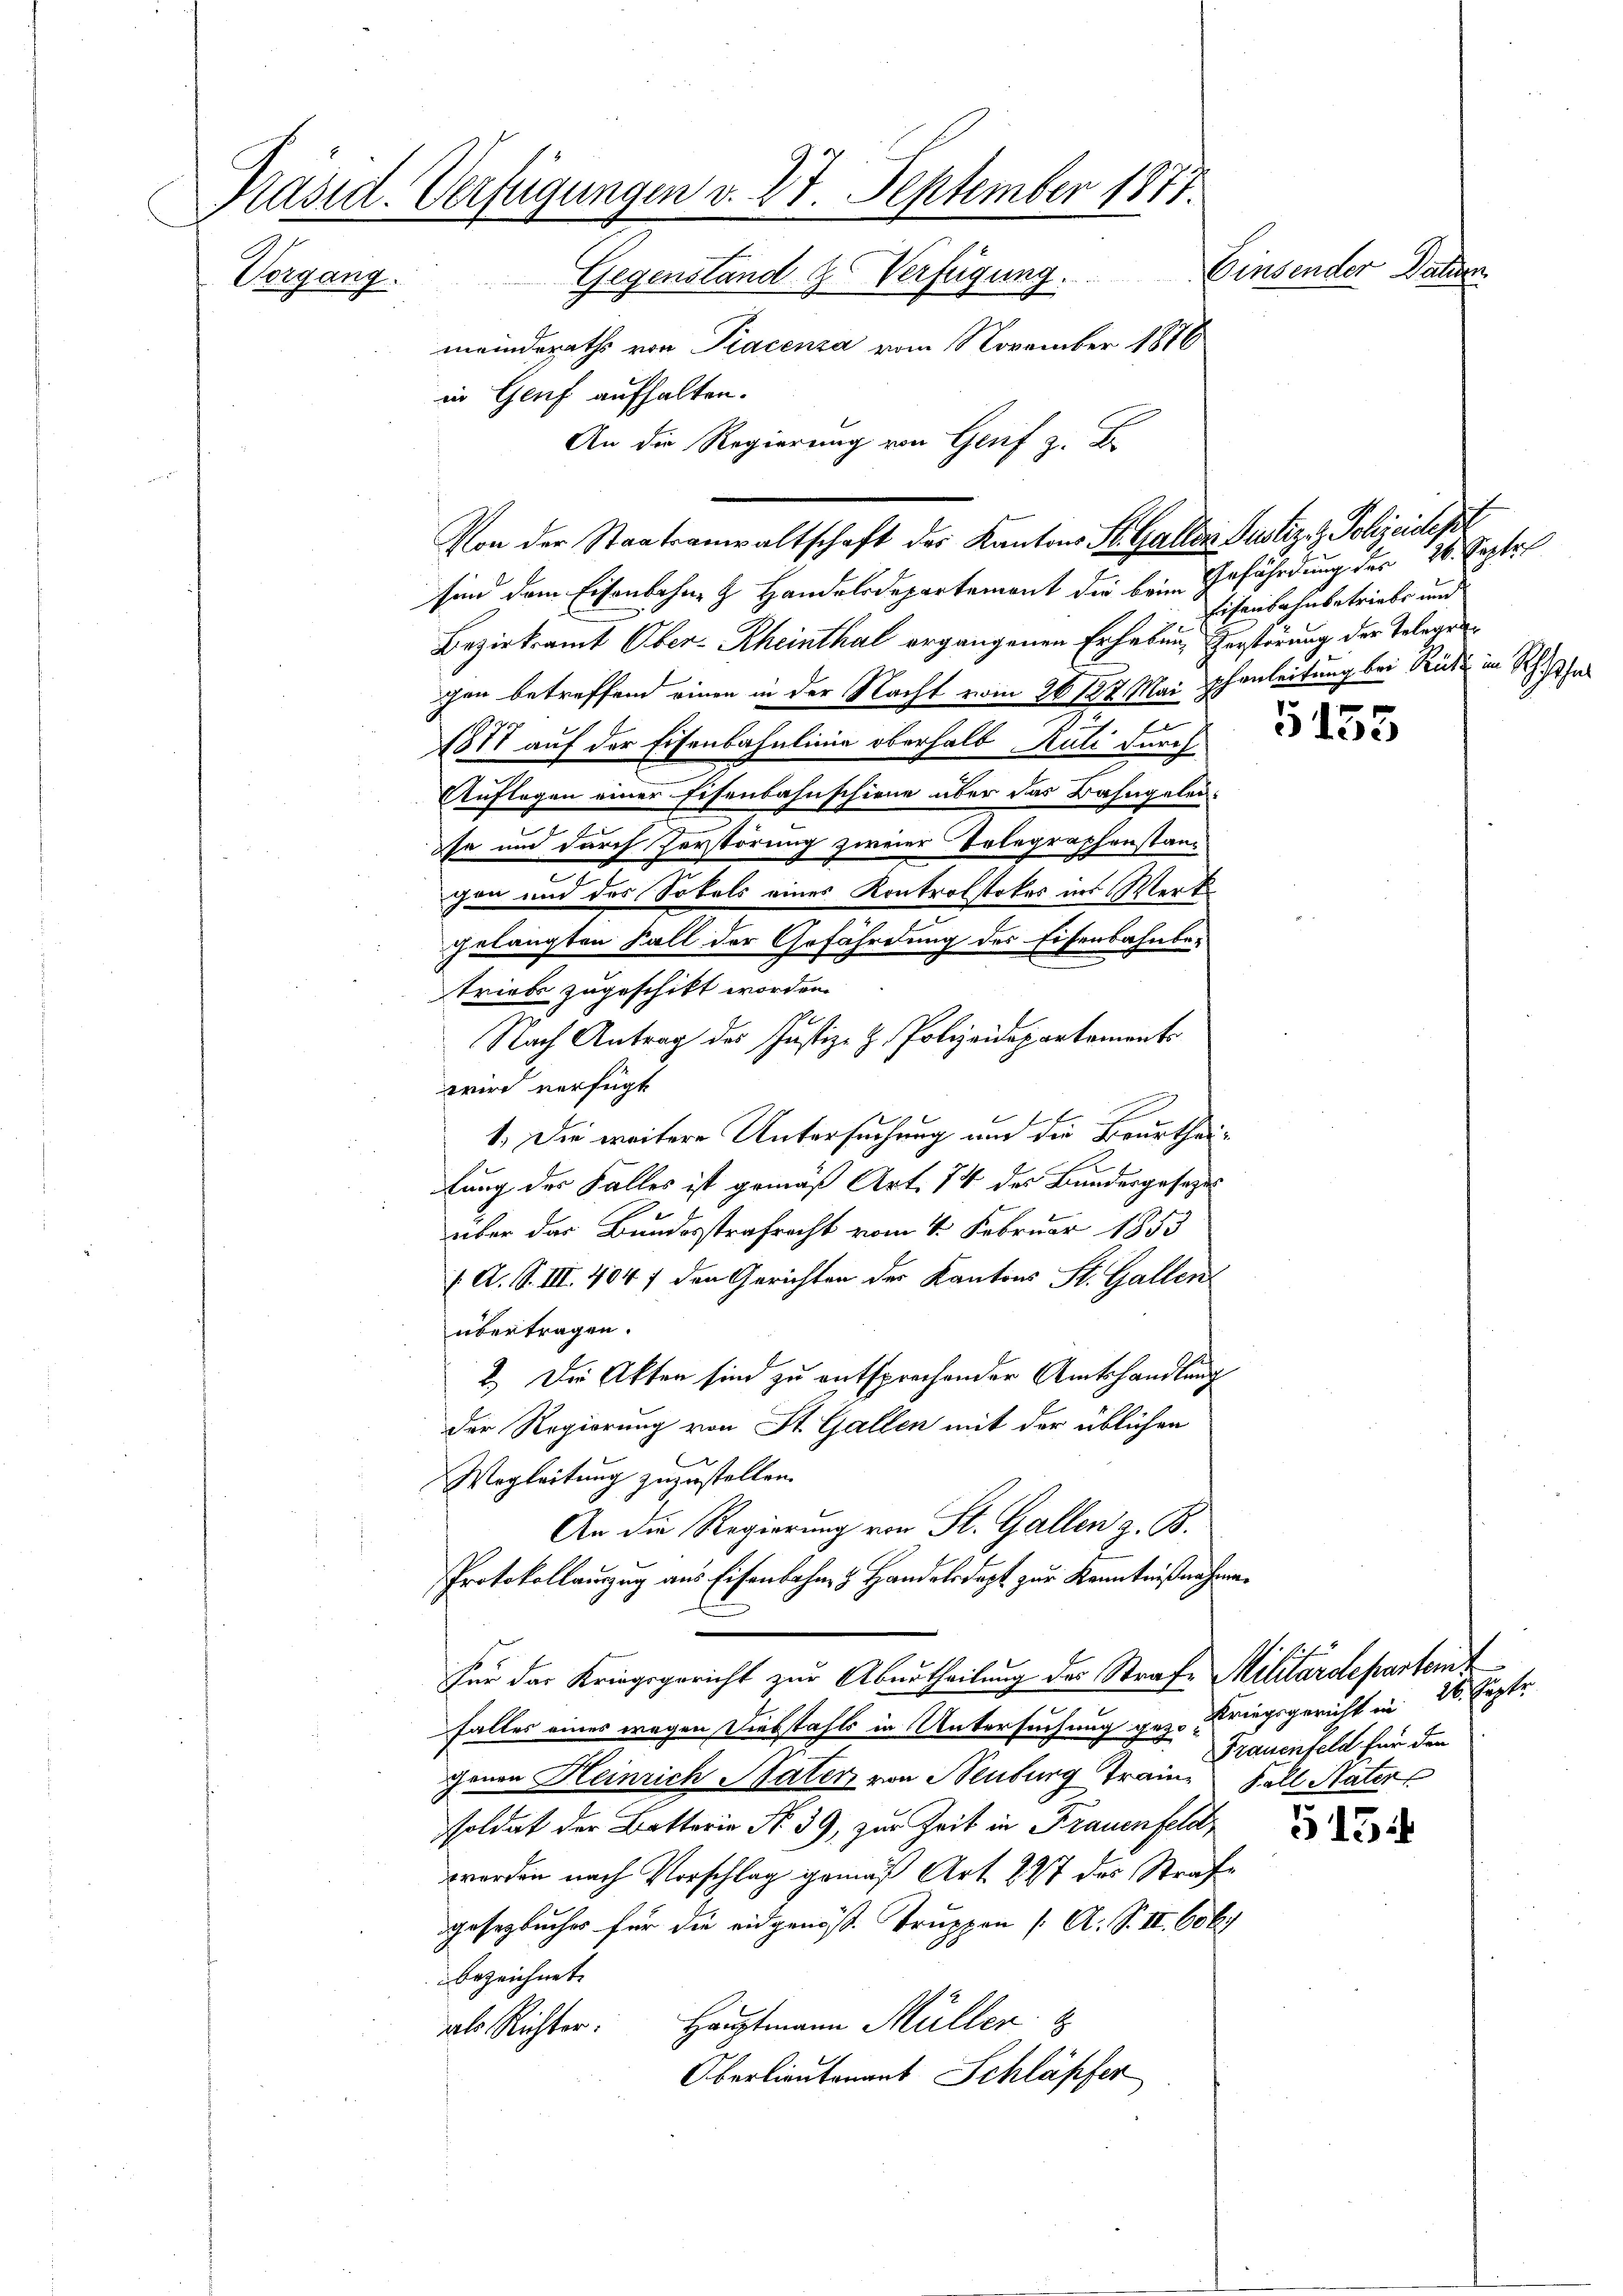
Präsid. Verfügungen v. 27. September 1871.
Einsender Daten.
Vorgang.
Gegenstand & Verfügung.
meinderaths von Tracensa vom November 1876
in Genf aufhalten.
An die Regierung von Genf z. B.

sind dem Eisenbahne z. Handelsdepartement die beim Gefährdung der 26. Septel
Bezirksamt Ober-Rheinthal ergangenen Erhebung zerstörung der Telegengen betreffend einen in der Nacht vom 26. 127. Mai Phanleitung bei Rüti in Rhe
1877 auf der Eisenbahnlinie oberhalb Juli durch
Auflegen einer Eisenbahnschiene über das Bahngelense und durch Zerstörung zweier Selegraphenstanc
gen und des Sokals eines Kontrolstoker ins Werk
gelangten Fall der Gefährdung des Eisenbahnbetriebe zugeschikt worden.
Nach Antrag des Justiz- & Polizeidepartements
wird verfügt
1.) Die weitere Untersuchung und die Beurtheilung des Falles ist gemäß Art. 74 des Bundesgesetzes
über das Bundesstrafrecht vom 4. Februar 1853
( A. S. III. 404 f den Gerichten der Kantons St. Gallen
übertragen.
2.) Die Akten sind zu entsprechender Amtshandlung
der Regierung von St. Gallen mit der üblichen
Wegleitung zuzustellen.
An die Regierung von St. Gallen z. B.
Protokollauszug aus Eisenbahn, 8. Handelsdept zur Kenntnißnahme.
Für das Kriegsgericht zur Aburtheilung des Strafe Militärdepartem
falles eines wegen Diebstahls in Untersuchung gez. Kriegsgericht in 26. Septr.
genen Heinrich Mater von Neuburg Traine Fall Nater
soldat der Betterie No. 39, zur Zeit in Frauenfeldt
worden nach Vorschlag gemäß Art. 227 des Strafgesezbuches für die eidgenöß. Truppen (A. S. II. 606.
bezeichnet.
Hauptmann Müller
als Richter.
Oberlieutenant Schläpfer

Von der Staatsanwaltschaft des Kantons St. Galler Justiz- & Polizeidept

Eisenbahnbetriebe und

5155

515

Frauenfeld für den